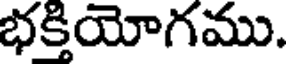
భక్తియోగము.